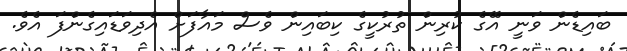
ބައިޑެން ވަނީ އޭގެ ކުރިން ތުރުކީގެ ކިބައިން ވެސް މައާފަށް އެދިވަޑައިގެންފަ އެވެ.